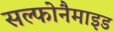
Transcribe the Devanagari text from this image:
सल्फोनैमाइड